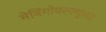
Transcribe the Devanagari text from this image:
मेनिंगोवस्क्युलर